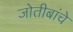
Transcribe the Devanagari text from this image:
जोतीबांचे